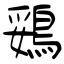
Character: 鵎